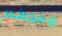
وحدكم